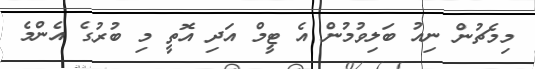
މިމެޗުން ނިއު ބަލިވުމުން އެ ޓީމް އަދި އޮތީ މި ބުރުގެ އެންމެ